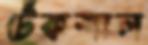
টেঁকশাল